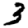
Digit: 3